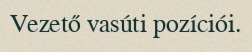
Vezető vasúti pozíciói.